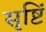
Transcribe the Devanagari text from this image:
सृष्टिं